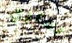
تعثري